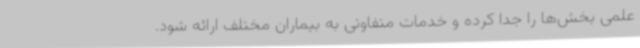
علمی بخش‌ها را جدا کرده و خدمات متفاوتی به بیماران مختلف ارائه شود.